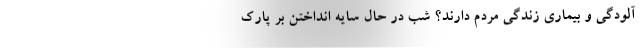
آلودگی و بیماریِ زندگی مردم دارند؟ شب در حال سایه انداختن بر پارک